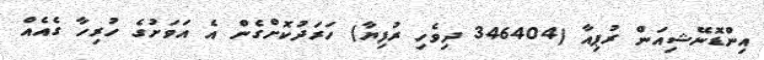
އިންޑޮނޭޝިއަން ރުޕިއާ (346404 ދިވެހި ރުފިޔާ) ހަރަދުކޮށްގެން އެ އަވަށުގެ ހުރިހާ ގެއެއް